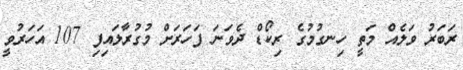
ރަބަރު ވަލެއް މަތީ ހިނގުމުގެ ރިކޯޑް ދެވަނަ ފަހަރަށް މުގުރާލައިފި 107 އަހަރުވީ